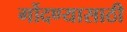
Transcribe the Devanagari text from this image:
गोंदण्यासाठी